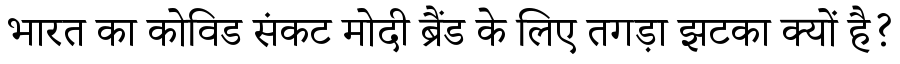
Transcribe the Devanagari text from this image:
भारत का कोविड संकट मोदी ब्रैंड के लिए तगड़ा झटका क्यों है?